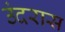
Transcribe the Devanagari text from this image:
उंदरास